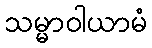
သမ္မာဝါယာမံ